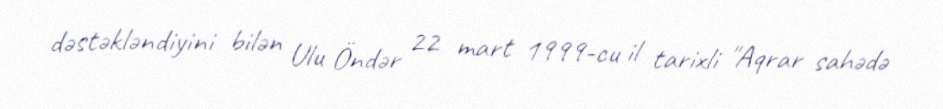
dəstəkləndiyini bilən Ulu Öndər 22 mart 1999-cu il tarixli "Aqrar sahədə